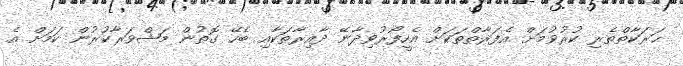
ޙަރަކާތްތެރި ކުރުވުމަށް އެފަރާތްތަކަށް އެހީފޯރުވިދާނޭ ދާއިރާތަކާއި ބެހޭ ގޮތުން މަޝްވަރާކުރުން ކަމަށް އެ